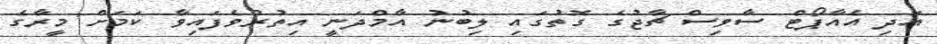
އަދި އެއާޕޯޓް ސާވިސް ޗާޖުގެ ގޮތުގައި ލިބުނު އާމްދަނީ އިތުރުވެފައިވާ ކަމަށް މީރާގެ